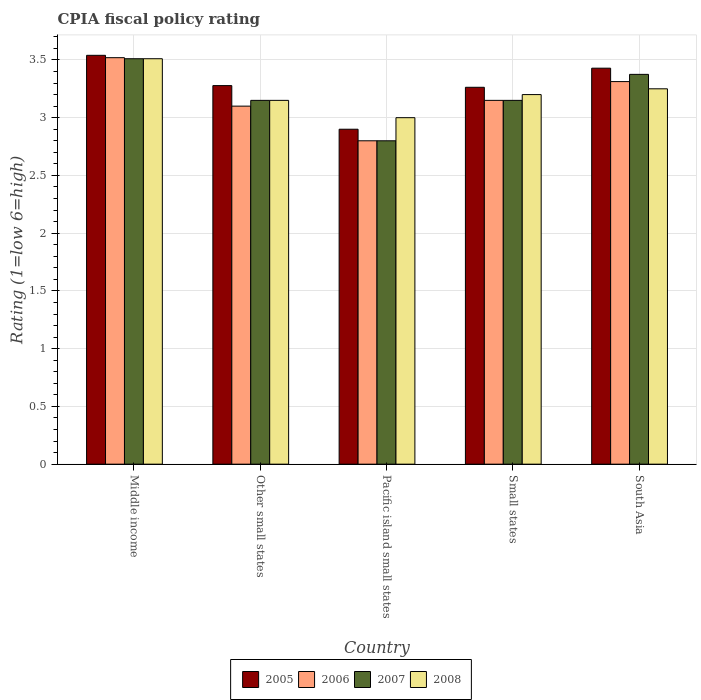
| Country | 2005 | 2006 | 2007 | 2008 |
 | --- | --- | --- | --- | --- |
 | Middle income | 3.54 | 3.52 | 3.51 | 3.51 |
 | Other small states | 3.28 | 3.1 | 3.15 | 3.15 |
 | Pacific island small states | 2.9 | 2.8 | 2.8 | 3 |
 | Small states | 3.26 | 3.15 | 3.15 | 3.2 |
 | South Asia | 3.43 | 3.31 | 3.38 | 3.25 |